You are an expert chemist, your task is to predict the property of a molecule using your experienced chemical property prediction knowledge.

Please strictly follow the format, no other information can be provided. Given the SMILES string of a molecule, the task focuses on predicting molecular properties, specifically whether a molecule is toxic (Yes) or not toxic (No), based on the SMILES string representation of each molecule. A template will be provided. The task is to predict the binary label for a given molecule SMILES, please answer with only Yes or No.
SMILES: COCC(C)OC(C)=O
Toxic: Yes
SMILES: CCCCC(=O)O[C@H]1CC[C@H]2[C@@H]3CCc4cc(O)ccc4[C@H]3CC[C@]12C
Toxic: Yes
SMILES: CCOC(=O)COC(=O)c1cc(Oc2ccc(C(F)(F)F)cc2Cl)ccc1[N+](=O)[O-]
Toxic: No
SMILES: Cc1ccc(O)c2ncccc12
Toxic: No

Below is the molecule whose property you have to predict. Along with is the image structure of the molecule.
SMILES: C[N+]1([O-])CCOCC1
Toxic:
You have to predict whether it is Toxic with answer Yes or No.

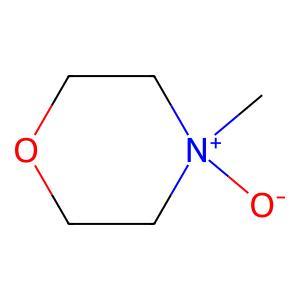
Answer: No